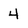
Character: 4